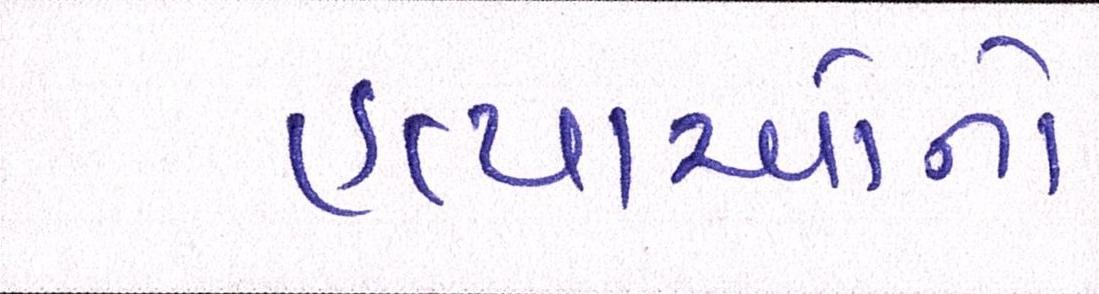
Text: હત્યાઓનો